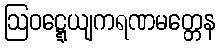
ဩဝဋ္ဋေယျကရဏမတ္တေန